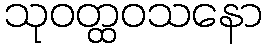
သုဝတ္ထဝသနော